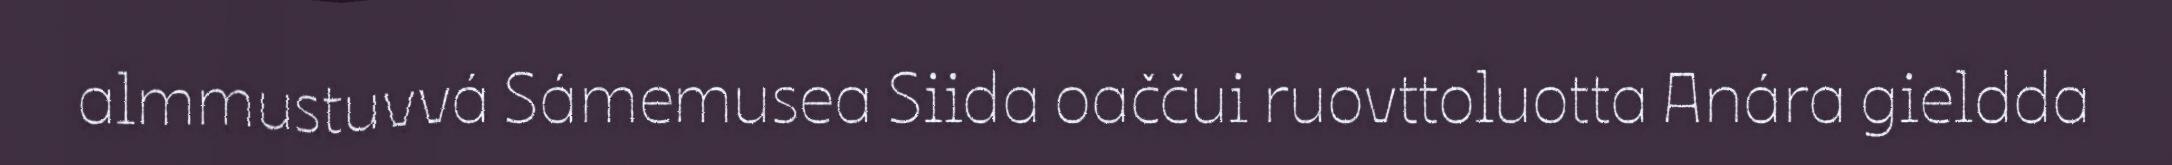
almmustuvvá Sámemusea Siida oaččui ruovttoluotta Anára gieldda